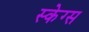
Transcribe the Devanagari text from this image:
स्केग्स